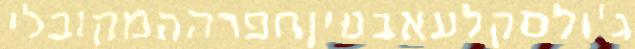
ג'ולסקלעאבטיןחפרההמקובלי